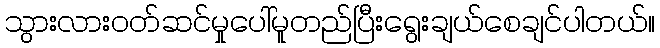
သွားလားဝတ်ဆင်မှုပေါ်မူတည်ပြီးရွေးချယ်စေချင်ပါတယ်။